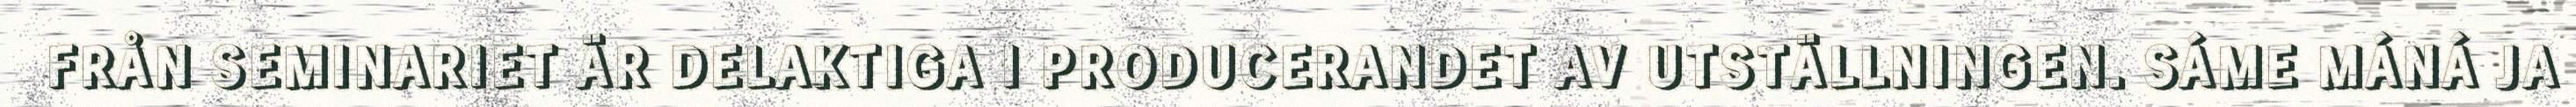
FRÅN SEMINARIET ÄR DELAKTIGA I PRODUCERANDET AV UTSTÄLLNINGEN. SÁME MÁNÁ JA